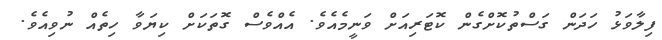
ފިލާވަޅު ހަދަން ގަސްތުކޮށްގެން ކޮޓަރިއަށް ވަނީމެއެވެ. އެއްވެސް ގޮތަކަށް ކިޔަވާ ހިތެއް ނުވިއެވެ.